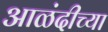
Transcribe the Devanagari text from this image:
आळंदीच्या